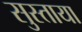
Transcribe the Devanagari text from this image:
सुस्ताया